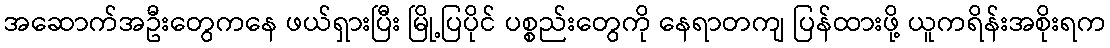
အဆောက်အဦးတွေကနေ ဖယ်ရှားပြီး မြို့ပြပိုင် ပစ္စည်းတွေကို နေရာတကျ ပြန်ထားဖို့ ယူကရိန်းအစိုးရက